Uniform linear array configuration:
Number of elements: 4
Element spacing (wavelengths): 0.25
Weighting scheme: kaiser
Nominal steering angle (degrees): -30
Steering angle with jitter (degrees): -30.228
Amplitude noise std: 0.05
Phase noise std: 0.05

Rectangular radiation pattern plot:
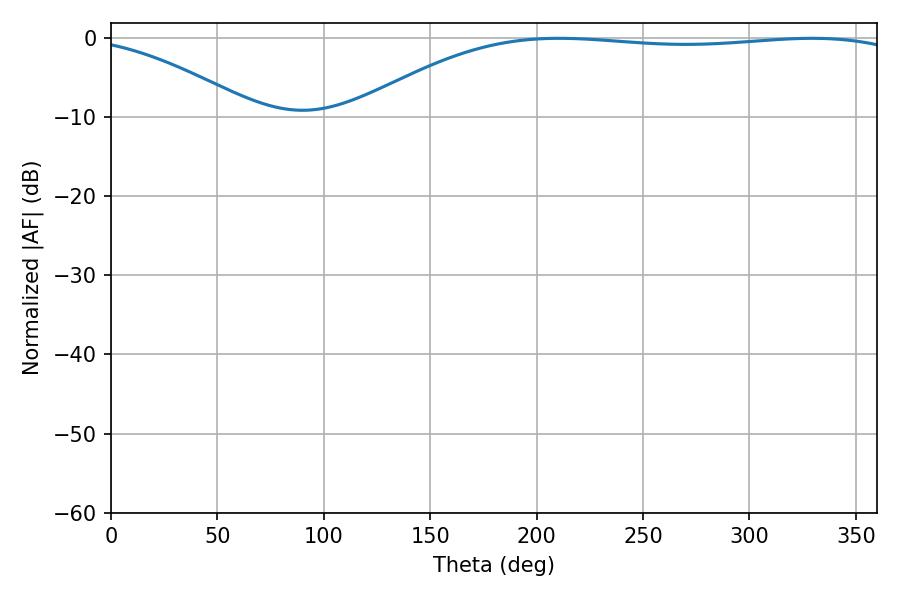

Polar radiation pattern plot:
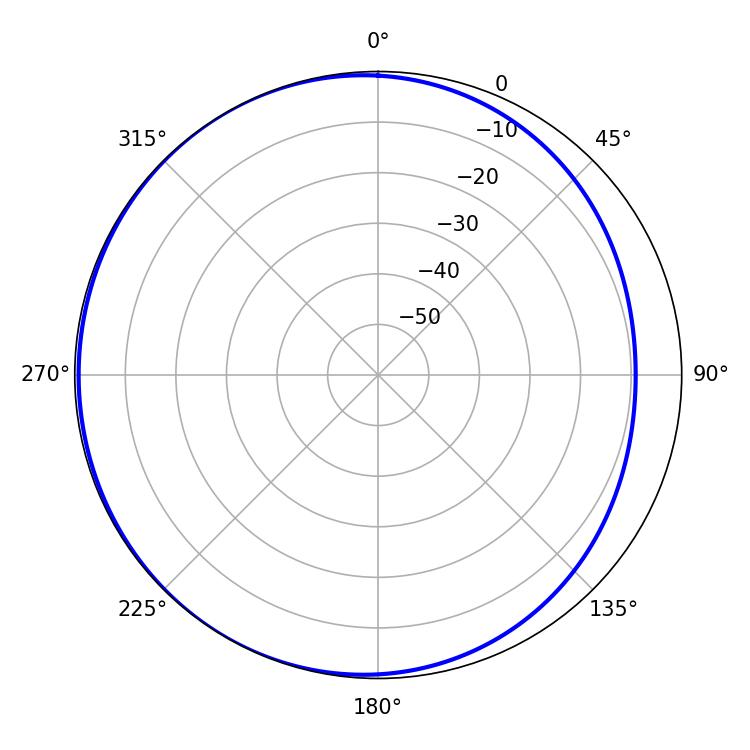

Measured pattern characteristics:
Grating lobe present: FALSE
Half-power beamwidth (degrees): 206.1
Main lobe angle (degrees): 210.6